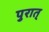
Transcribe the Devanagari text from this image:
पुरात्